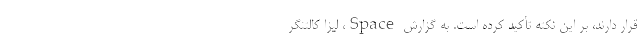
قرار دارند، بر این نکته تأکید کرده است. به گزارش Space، لیزا کالتنگر